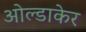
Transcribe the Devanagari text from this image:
ओल्डाकेर